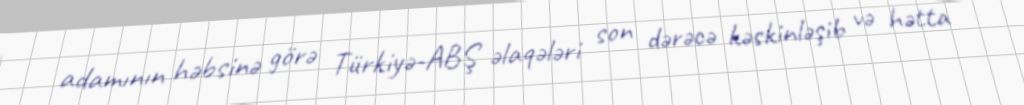
adamının həbsinə görə Türkiyə-ABŞ əlaqələri son dərəcə kəskinləşib və hətta